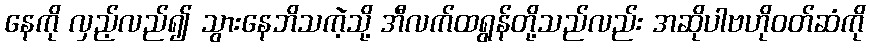
နေကို လှည့်လည်၍ သွားနေဘိသကဲ့သို့ အီလက်ထရွန်တို့သည်လည်း အဆိုပါဗဟိုဝတ်ဆံကို